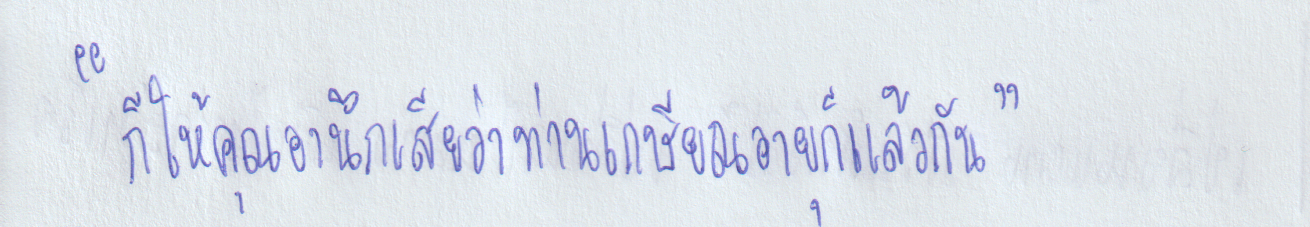
"ก็ให้คุณอานึกเสียว่าท่านเกษียณอายุก็แล้วกัน"